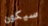
سيكون